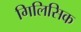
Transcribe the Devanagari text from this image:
गिलिसिक